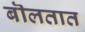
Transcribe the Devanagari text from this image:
बॊलतात